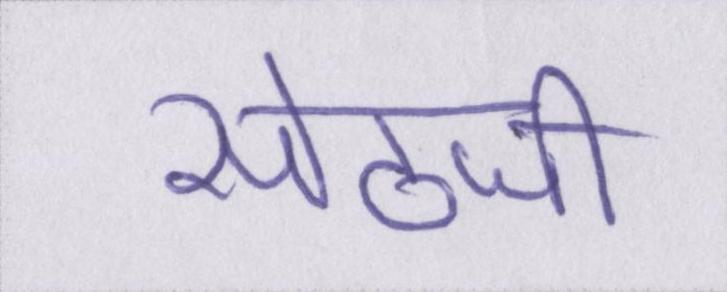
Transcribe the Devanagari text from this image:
सेठजी